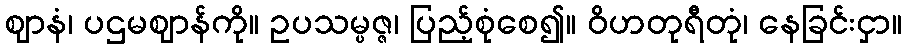
ဈာနံ၊ ပဌမဈာန်ကို။ ဥပသမ္ပဇ္ဇ၊ ပြည့်စုံစေ၍။ ဝိဟတုရီတုံ၊ နေခြင်းငှာ။